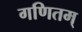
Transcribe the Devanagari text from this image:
गणितम्